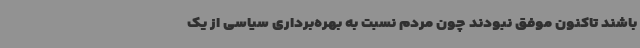
باشند تاکنون موفق نبودند چون مردم نسبت به بهره‌برداری سیاسی از یک